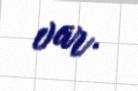
var.